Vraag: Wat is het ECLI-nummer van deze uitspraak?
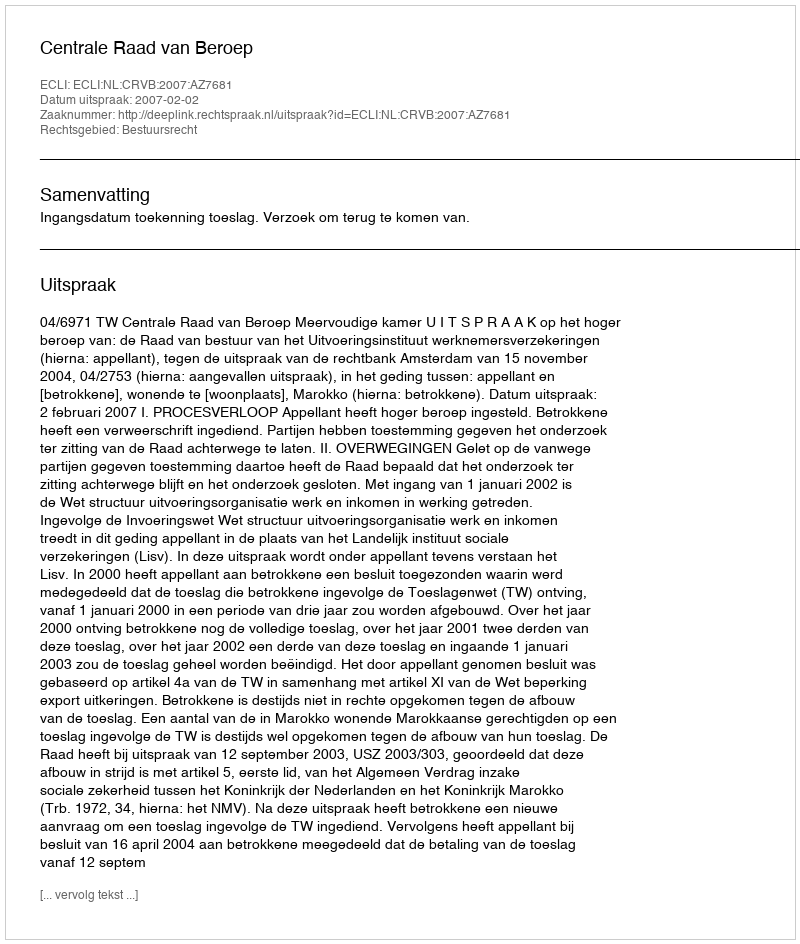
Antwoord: ECLI:NL:CRVB:2007:AZ7681